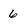
Character: 6